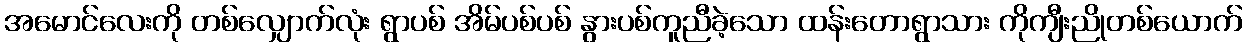
အမောင်လေးကို တစ်လျှောက်လုံး ရွာပစ် အိမ်ပစ်ပစ် နွားပစ်ကူညီခဲ့သော ထန်းတောရွာသား ကိုကျီးညိုတစ်ယောက်